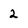
Character: 2